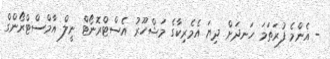
- އެންމެ ފުރަތަމަ ހަނދަށް ދިޔަ އެމެރިކާގެ މަޝްހޫރު އެސްޓްރޮނޯޓް ނީލް އާމްސްޓްރޯންގް